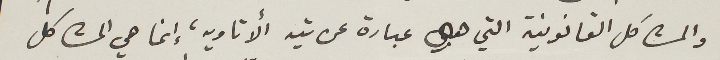
والمشاكل القانونية التي هي عبارة عن تيه  ألاتاويه، إنما هي المشاكل